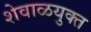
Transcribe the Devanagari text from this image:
शेवाळयुक्त